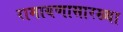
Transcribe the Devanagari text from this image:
रामायणासारख्या